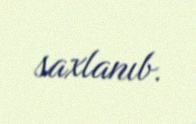
saxlanıb.